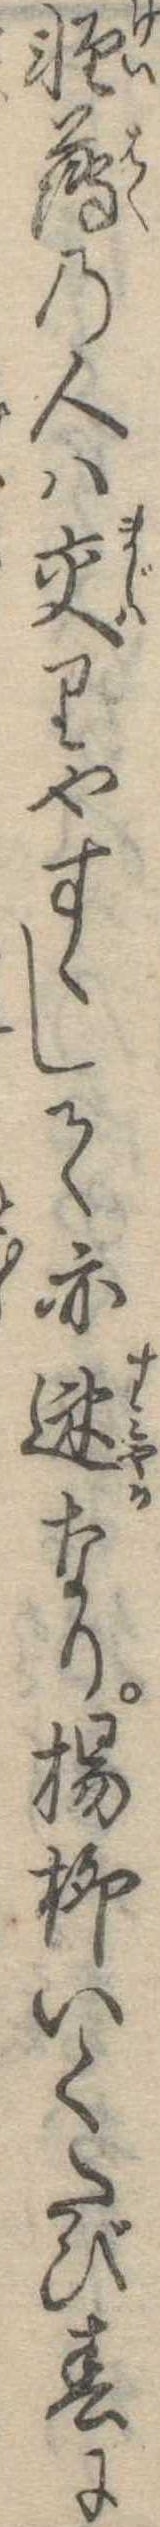
軽薄の人は交りやすくして亦速なり楊柳いくたび春に